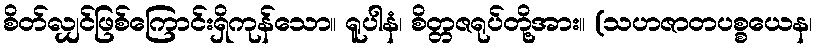
စိတ်လျှင်ဖြစ်ကြောင်းရှိကုန်သော။ ရူပါနံ၊ စိတ္တဇရုပ်တို့အား။ (သဟဇာတပစ္စယေန၊